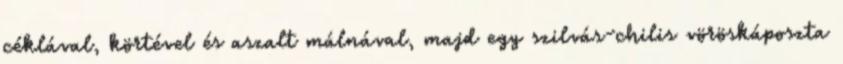
céklával, körtével és aszalt málnával, majd egy szilvás-chilis vöröskáposzta